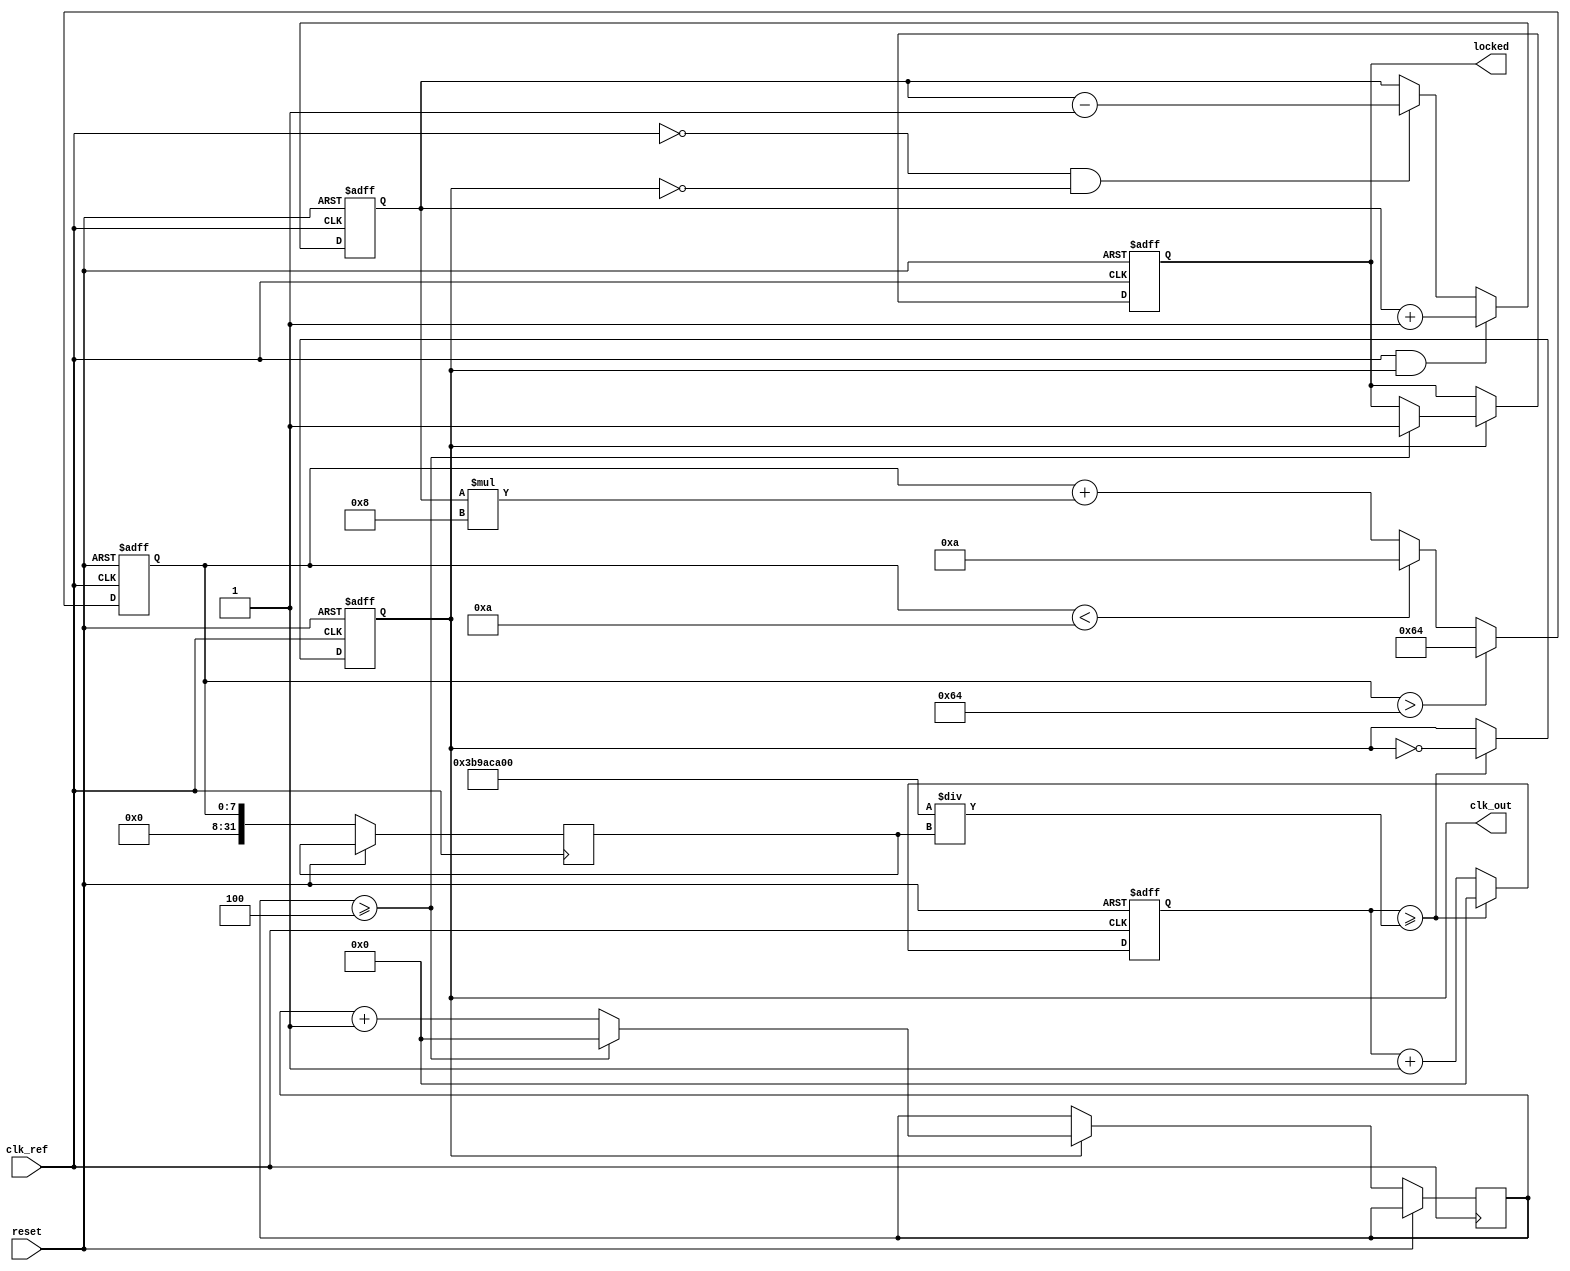
module pll_type2 (
    input wire clk_ref,       // Reference clock input
    input wire reset,         // Reset signal
    output reg clk_out,       // Output clock
    output reg locked         // Lock indicator
);

    // Parameters
    parameter N = 4;          // Frequency division ratio
    parameter LOOP_GAIN = 8;  // Loop gain for the loop filter
    parameter VCO_MAX_FREQ = 100; // Maximum frequency of VCO
    parameter VCO_MIN_FREQ = 10;  // Minimum frequency of VCO

    // Internal signals
    reg [3:0] phase_error;    // Phase error signal
    reg [7:0] control_voltage; // Control voltage for VCO
    reg [31:0] vco_counter;    // VCO counter
    reg [31:0] divider_counter; // Divider counter
    reg [31:0] vco_freq;       // Current VCO frequency

    // Phase Detector (PD)
    always @(posedge clk_ref or posedge reset) begin
        if (reset) begin
            phase_error <= 0;
        end else begin
            // Simple phase detector logic
            if (clk_ref && clk_out) begin
                phase_error <= phase_error + 1; // Increment on phase lead
            end else if (!clk_ref && !clk_out) begin
                phase_error <= phase_error - 1; // Decrement on phase lag
            end
        end
    end

    // Loop Filter (LF)
    always @(posedge clk_ref or posedge reset) begin
        if (reset) begin
            control_voltage <= 0;
        end else begin
            // Simple proportional control for loop filter
            control_voltage <= control_voltage + (phase_error * LOOP_GAIN);
            // Clamp control voltage to VCO range
            if (control_voltage > VCO_MAX_FREQ) begin
                control_voltage <= VCO_MAX_FREQ;
            end else if (control_voltage < VCO_MIN_FREQ) begin
                control_voltage <= VCO_MIN_FREQ;
            end
        end
    end

    // Voltage-Controlled Oscillator (VCO)
    always @(posedge clk_ref or posedge reset) begin
        if (reset) begin
            vco_counter <= 0;
            clk_out <= 0;
            locked <= 0;
        end else begin
            // Adjust VCO frequency based on control voltage
            vco_freq <= control_voltage; // Assign control voltage to frequency
            vco_counter <= vco_counter + 1;
            if (vco_counter >= (1000000000 / vco_freq)) begin // Assuming 1 GHz reference
                clk_out <= ~clk_out;
                vco_counter <= 0;
            end
            
            // Feedback divider
            if (clk_out) begin
                divider_counter <= divider_counter + 1;
                if (divider_counter >= N) begin
                    locked <= 1; // Indicate locked state
                    divider_counter <= 0;
                end
            end
        end
    end

endmodule